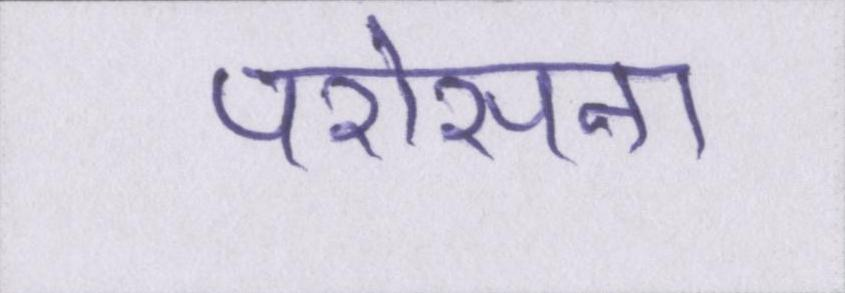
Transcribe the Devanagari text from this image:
परोसना